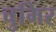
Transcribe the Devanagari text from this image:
चुमिर